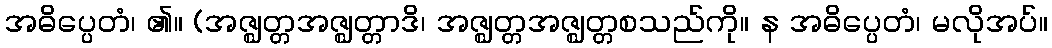
အဓိပ္ပေတံ၊ ၏။ (အဇ္ဈတ္တအဇ္ဈတ္တာဒိ၊ အဇ္ဈတ္တအဇ္ဈတ္တစသည်ကို။ န အဓိပ္ပေတံ၊ မလိုအပ်။